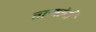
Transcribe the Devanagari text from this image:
ताऱ्यांनी